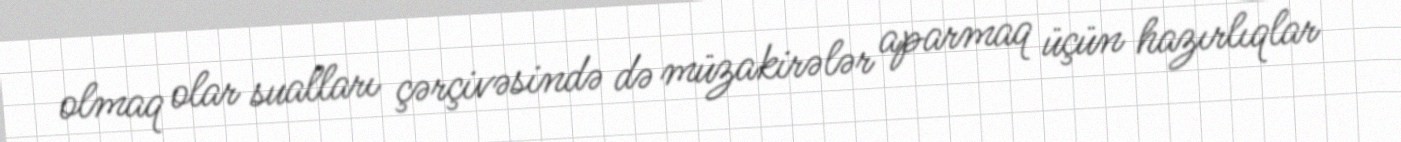
olmaq olar sualları çərçivəsində də müzakirələr aparmaq üçün hazırlıqlar